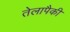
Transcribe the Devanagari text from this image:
तेलापैकी